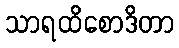
သာရထိစောဒိတာ